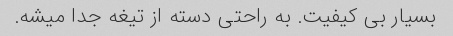
بسیار بی کیفیت. به راحتی دسته از تیغه جدا میشه.